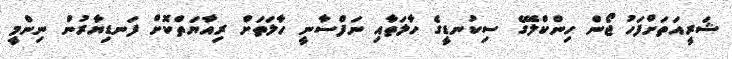
ޝަރީއަތަށްފަހު ޖޯން ހިންކްލޭގެ ސިކުނޑީގެ ހާލަތާއި ނަފްސާނީ ހާލަތަށް ރިއާޔަތްކޮށް ފަނޑިޔާރުން ނިންމީ